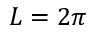
L = 2 \pi